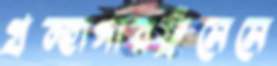
গ্রন্হাগারফ্রঁসেসে